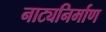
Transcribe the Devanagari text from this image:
नाट्यनिर्माण